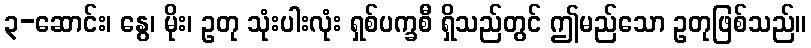
၃-ဆောင်း၊ နွေ၊ မိုး၊ ဥတု သုံးပါးလုံး ရှစ်ပက္ခစီ ရှိသည်တွင် ဤမည်သော ဥတုဖြစ်သည်။